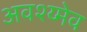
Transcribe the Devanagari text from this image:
अवश्य्मेव